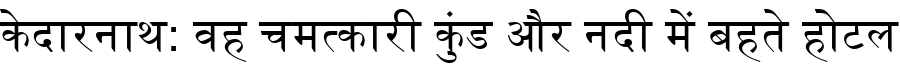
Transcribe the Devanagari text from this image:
केदारनाथ: वह चमत्कारी कुंड और नदी में बहते होटल